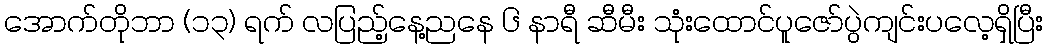
အောက်တိုဘာ (၁၃) ရက် လပြည့်နေ့ညနေ ၆ နာရီ ဆီမီး သုံးထောင်ပူဇော်ပွဲကျင်းပလေ့ရှိပြီး